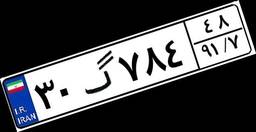
۱۷گ۱۳۶۷۲